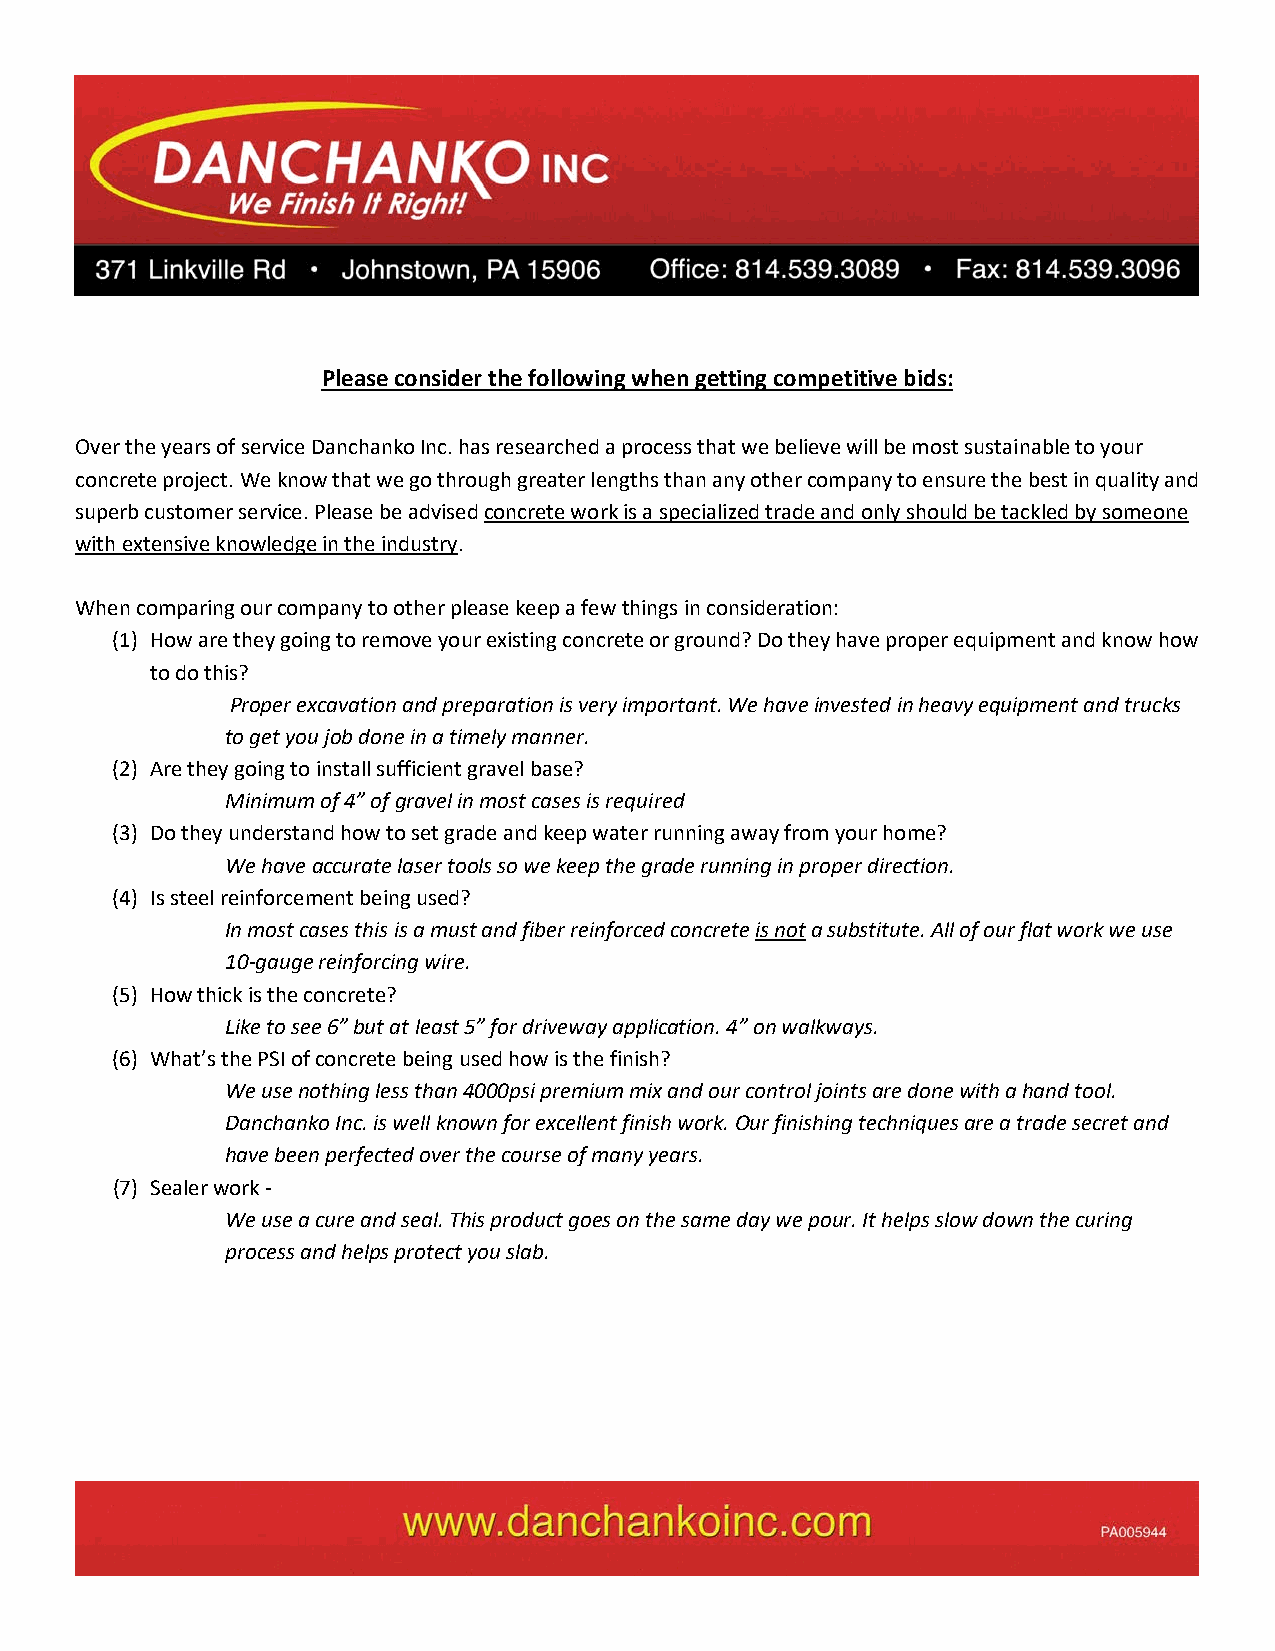
Please consider the following when getting competitive bids:
 Over the years of service Danchanko Inc. has researched a process that we believe will be most sustainable to your
 concrete project. We know that we go through greater lengths than any other company to ensure the best in quality and
 superb customer service. Please be advised concrete work is a specialized trade and only should be tackled by someone
 with extensive knowledge in the industry.
 When comparing our company to other please keep a few things in consideration:
 (1) How are they going to remove your existing concrete or ground? Do they have proper equipment and know how
 to do this?
 Proper excavation and preparation is very important. We have invested in heavy equipment and trucks
 to get you job done in a timely manner.
 (2) Are they going to install sufficient gravel base?
 Minimum of 4” of gravel in most cases is required
 (3) Do they understand how to set grade and keep water running away from your home?
 We have accurate laser tools so we keep the grade running in proper direction.
 (4) Is steel reinforcement being used?
 In most cases this is a must and fiber reinforced concrete is not a substitute. All of our flat work we use
 10-gauge reinforcing wire.
 (5) How thick is the concrete?
 Like to see 6” but at least 5” for driveway application. 4” on walkways.
 (6) What’s the PSI of concrete being used how is the finish?
 We use nothing less than 4000psi premium mix and our control joints are done with a hand tool.
 Danchanko Inc. is well known for excellent finish work. Our finishing techniques are a trade secret and
 have been perfected over the course of many years.
 (7) Sealer work -
 We use a cure and seal. This product goes on the same day we pour. It helps slow down the curing
 process and helps protect you slab.